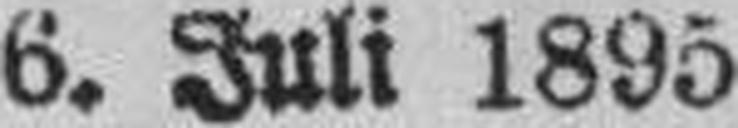
6. Juli 1895